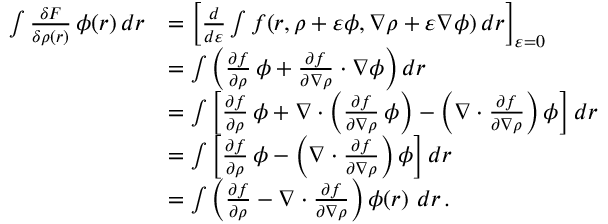
{ \begin{array} { r l } { \int { \frac { \delta F } { \delta \rho ( { \boldsymbol { r } } ) } } \, \phi ( { \boldsymbol { r } } ) \, d { \boldsymbol { r } } } & { = \left[ { \frac { d } { d \varepsilon } } \int f ( { \boldsymbol { r } } , \rho + \varepsilon \phi , \nabla \rho + \varepsilon \nabla \phi ) \, d { \boldsymbol { r } } \right] _ { \varepsilon = 0 } } \\ & { = \int \left( { \frac { \partial f } { \partial \rho } } \, \phi + { \frac { \partial f } { \partial \nabla \rho } } \cdot \nabla \phi \right) d { \boldsymbol { r } } } \\ & { = \int \left[ { \frac { \partial f } { \partial \rho } } \, \phi + \nabla \cdot \left( { \frac { \partial f } { \partial \nabla \rho } } \, \phi \right) - \left( \nabla \cdot { \frac { \partial f } { \partial \nabla \rho } } \right) \phi \right] d { \boldsymbol { r } } } \\ & { = \int \left[ { \frac { \partial f } { \partial \rho } } \, \phi - \left( \nabla \cdot { \frac { \partial f } { \partial \nabla \rho } } \right) \phi \right] d { \boldsymbol { r } } } \\ & { = \int \left( { \frac { \partial f } { \partial \rho } } - \nabla \cdot { \frac { \partial f } { \partial \nabla \rho } } \right) \phi ( { \boldsymbol { r } } ) \ d { \boldsymbol { r } } \, . } \end{array} }